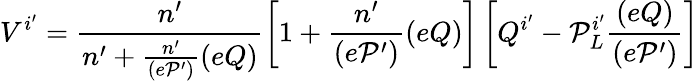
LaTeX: V^{i^{\prime}}=\frac{n^{\prime}}{n^{\prime}+\frac{n^{\prime}}{(e{\cal P}^{\prime})}(eQ)}\left[1+\frac{n^{\prime}}{(e{\cal P}^{\prime})}(eQ)\right]\left[Q^{i^{\prime}}-{\cal P}_{L}^{i^{\prime}}\frac{(eQ)}{(e{\cal P}^{\prime})}\right]